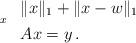
LaTeX: \begin{align*}\begin{array}[t]{ll}\underset{x}{} & \|x\|_1 + \|x - w\|_1 \\ & Ax = y\,. \end{array} \end{align*}